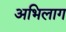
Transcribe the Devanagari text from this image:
अभिलाग